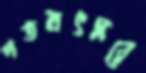
গতবৎসরে